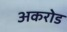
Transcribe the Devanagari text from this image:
अकरोड